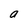
Character: a